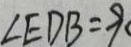
\angle E D B = 9